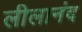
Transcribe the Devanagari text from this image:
लीलानंद